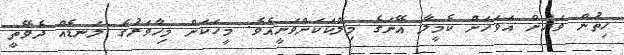
ހިތުން ވަރަށް އަވަހަށް ކެމީލާ އޭނަގެ މިލްކަކަށްވަނީއެވެ. މީހަކަށް މިހާވަރުގެ ލަނޑެއް ދެވޭތީ